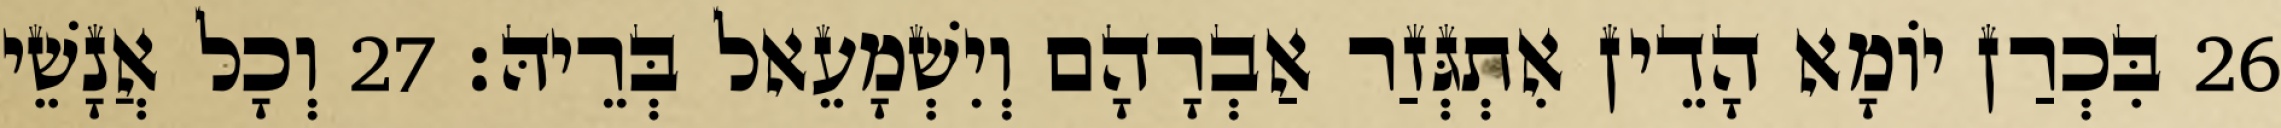
26 בִּכְרַן יוֹמָא הָדֵין אִתְגְּזַר אַבְרָהָם וְיִשְׁמָעֵאל בְּרֵיהּ׃ 27 וְכָל אֲנָשֵׁי